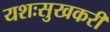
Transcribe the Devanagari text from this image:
यशःसुखकरी